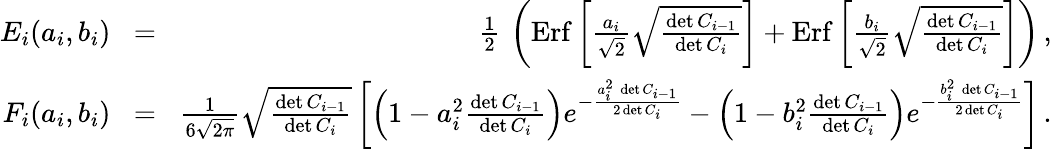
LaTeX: \begin{array}{rlr}{E_{i}(a_{i},b_{i})}&{\! =\! }&{{\frac{1}{2}}\, \left(\mathrm{Erf}\left[{\frac{a_{i}}{\sqrt 2}}\sqrt{\frac{\operatorname*{det}C_{i-1}}{\operatorname*{det}C_{i}}}\right]+\mathrm{Erf}\left[{\frac{b_{i}}{\sqrt 2}}\sqrt{\frac{\operatorname*{det}C_{i-1}}{\operatorname*{det}C_{i}}}\right]\right)\, ,}\\ {F_{i}(a_{i},b_{i})}&{\! =\! }&{{\frac{1}{6\sqrt{2\pi}}}\sqrt{\frac{\operatorname*{det}C_{i-1}}{\operatorname*{det}C_{i}}}\left[\left(1-a_{i}^{2}{\frac{\operatorname*{det}C_{i-1}}{\operatorname*{det}C_{i}}}\right)e^{-{\frac{a_{i}^{2}\, \operatorname*{det}C_{i-1}}{2\operatorname*{det}C_{i}}}}-\left(1-b_{i}^{2}{\frac{\operatorname*{det}C_{i-1}}{\operatorname*{det}C_{i}}}\right)e^{-{\frac{b_{i}^{2}\, \operatorname*{det}C_{i-1}}{2\operatorname*{det}C_{i}}}}\right]\, .}\end{array}